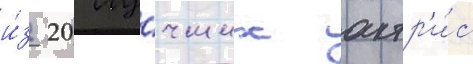
и́з 20 лу́чших актр'и́с